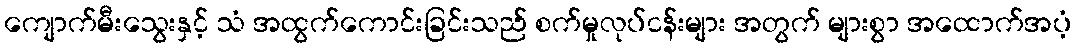
ကျောက်မီးသွေးနှင့် သံ အထွက်ကောင်းခြင်းသည် စက်မှုလုပ်ငန်းများ အတွက် များစွာ အထောက်အပံ့